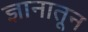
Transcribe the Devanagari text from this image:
ज्ञानातून